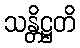
သန္တိဋ္ဌတိ